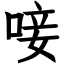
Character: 唼